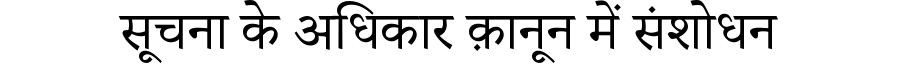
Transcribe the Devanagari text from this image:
सूचना के अधिकार क़ानून में संशोधन